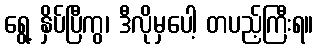
ရွေ့ နှိပ်ပြီကွ၊ ဒီလိုမှပေါ့ တပည့်ကြီးရ။